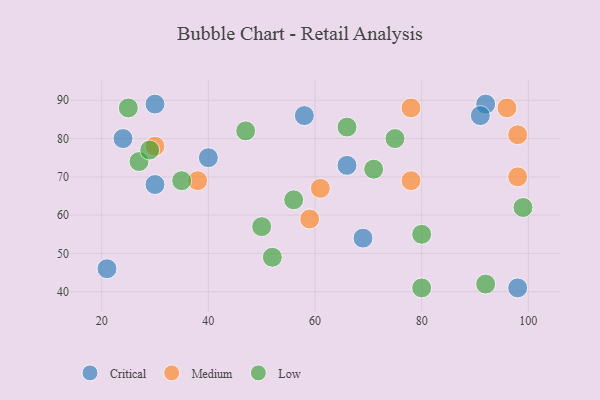
{"axis": {"x": "GDP", "y": "Life Expectancy"}, "legend": ["Critical", "Low", "Medium"], "data": [{"x": "58", "y": 86, "type": "Critical"}, {"x": "92", "y": 89, "type": "Critical"}, {"x": "66", "y": 73, "type": "Critical"}, {"x": "91", "y": 86, "type": "Critical"}, {"x": "24", "y": 80, "type": "Critical"}, {"x": "30", "y": 68, "type": "Critical"}, {"x": "98", "y": 41, "type": "Critical"}, {"x": "40", "y": 75, "type": "Critical"}, {"x": "69", "y": 54, "type": "Critical"}, {"x": "30", "y": 89, "type": "Critical"}, {"x": "21", "y": 46, "type": "Critical"}, {"x": "98", "y": 70, "type": "Medium"}, {"x": "78", "y": 88, "type": "Medium"}, {"x": "59", "y": 59, "type": "Medium"}, {"x": "96", "y": 88, "type": "Medium"}, {"x": "38", "y": 69, "type": "Medium"}, {"x": "61", "y": 67, "type": "Medium"}, {"x": "78", "y": 69, "type": "Medium"}, {"x": "98", "y": 81, "type": "Medium"}, {"x": "30", "y": 78, "type": "Medium"}, {"x": "75", "y": 80, "type": "Low"}, {"x": "56", "y": 64, "type": "Low"}, {"x": "80", "y": 55, "type": "Low"}, {"x": "27", "y": 74, "type": "Low"}, {"x": "80", "y": 41, "type": "Low"}, {"x": "92", "y": 42, "type": "Low"}, {"x": "66", "y": 83, "type": "Low"}, {"x": "25", "y": 88, "type": "Low"}, {"x": "50", "y": 57, "type": "Low"}, {"x": "52", "y": 49, "type": "Low"}, {"x": "71", "y": 72, "type": "Low"}, {"x": "47", "y": 82, "type": "Low"}, {"x": "35", "y": 69, "type": "Low"}, {"x": "99", "y": 62, "type": "Low"}, {"x": "29", "y": 77, "type": "Low"}]}